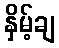
နှိမ့်ချ